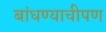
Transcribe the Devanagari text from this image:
बांधण्याचीपण